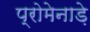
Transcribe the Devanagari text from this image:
प्रोमेनाड़े